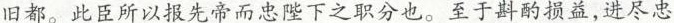
旧都。此臣所以报先帝而忠陛下之职分也。至于斟酌损益，进尽忠